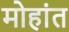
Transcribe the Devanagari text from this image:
मोहांत